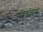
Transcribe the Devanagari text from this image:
द्रविडलाच